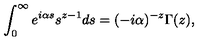
\int _ { 0 } ^ { \infty } e ^ { i \alpha s } s ^ { z - 1 } d s = ( - i \alpha ) ^ { - z } \Gamma ( z ) ,